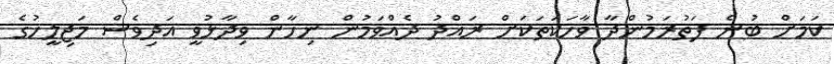
ކަމަށް ބުނެ ފަތުރަމުންދާ ވާހަކަތަކަށް ރައްދު ދެއްވަމުން ނިހާން ވިދާޅުވީ އަދިވެސް މަޖިލީހުގެ